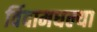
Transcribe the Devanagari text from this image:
विंदामधल्या